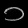
Digit: ၁